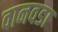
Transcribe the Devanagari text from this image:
वानवडा